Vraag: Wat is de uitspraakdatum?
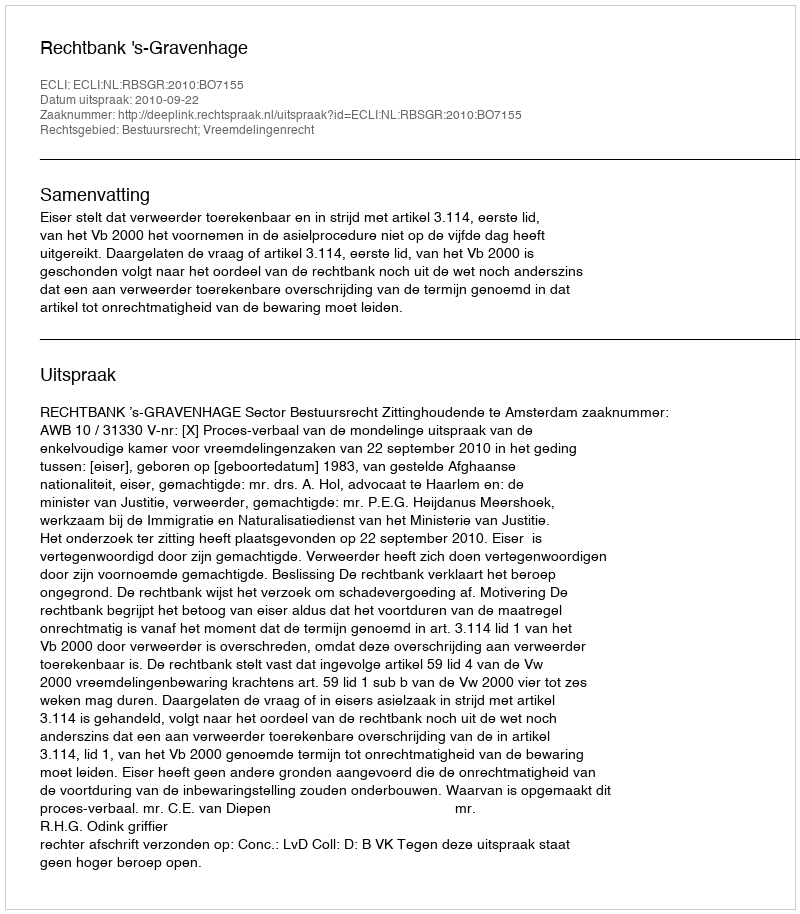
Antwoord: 2010-09-22